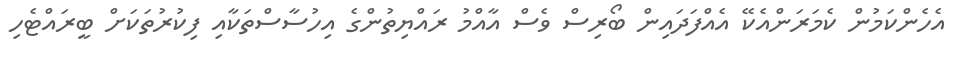
އެހެންކަމުން ކެމަރަންއެކޭ އެއްފަދައިން ބޯރިސް ވެސް އާއްމު ރައްޔިތުންގެ އިހުސާސްތަކާއި ފިކުރުތަކަށް ބީރައްޓެހި